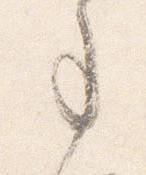
事